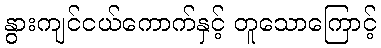
နွားကျင်ငယ်ကောက်နှင့် တူသောကြောင့်